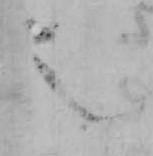
之